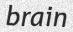
brain